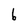
Character: b